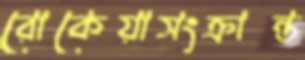
রোকেয়াসংক্রান্ত